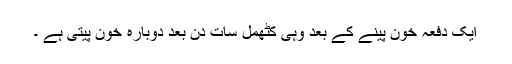
ایک دفعہ خون پینے کے بعد وہی کٹھمل سات دن بعد دوبارہ خون پیتی ہے ۔